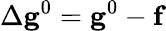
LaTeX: \Delta\mathbf{g}^{0}=\mathbf{g}^{0}-\mathbf{f}